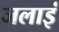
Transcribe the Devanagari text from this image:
जलाइं